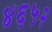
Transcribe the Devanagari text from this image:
४६५२